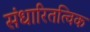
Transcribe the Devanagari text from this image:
संधारितत्विक